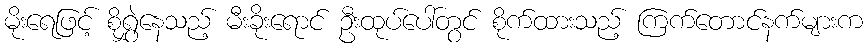
မိုးရေဖြင့် စိုရွှဲနေသည့် မီးခိုးရောင် ဦးထုပ်ပေါ်တွင် စိုက်ထားသည့် ကြက်တောင်နက်များက